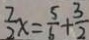
\frac { 7 } { 2 } x = \frac { 5 } { 6 } + \frac { 3 } { 2 }